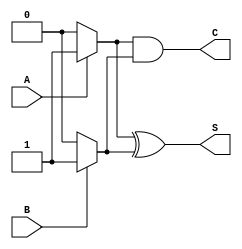
module current_mode_half_adder (
    input wire A,  // Input current source A (1 A for logic 1, 0 A for logic 0)
    input wire B,  // Input current source B (1 A for logic 1, 0 A for logic 0)
    output wire S, // Sum output
    output wire C  // Carry output
);
    
    // Internal wires to represent the currents
    wire A_current; // Represents current from input A
    wire B_current; // Represents current from input B
    wire sum_current; // Represents current for sum
    wire carry_current; // Represents current for carry

    // Assigning current levels based on input logic
    assign A_current = A ? 1'b1 : 1'b0; // If A is high, current is present
    assign B_current = B ? 1'b1 : 1'b0; // If B is high, current is present

    // Sum output: S is high if either A or B is high but not both
    assign S = A_current ^ B_current; // XOR operation for sum

    // Carry output: C is high only if both A and B are high
    assign C = A_current & B_current; // AND operation for carry

endmodule